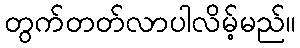
တွက်တတ်လာပါလိမ့်မည်။